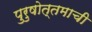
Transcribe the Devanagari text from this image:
पुरुषोत्तमाची